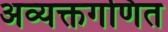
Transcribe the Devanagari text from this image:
अव्यक्तगणित